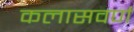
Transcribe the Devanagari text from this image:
कलासवर्ण